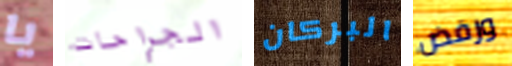
يا الجراحات البركان ورفض